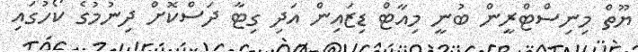
ޔޫތް މިނިސްޓްރީން ބުނީ މިއާޓް ޑިޒައިން އަދި ގިޓާ ދަސްކޮށް ދިނުމުގެ ކޯހުގައި